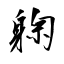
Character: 躹